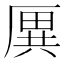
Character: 𠪙